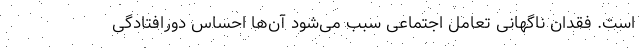
است. فقدان ناگهانی تعامل اجتماعی سبب می‌شود آن‌ها احساس دورافتادگی